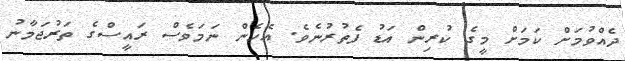
ދެއްވުމަށް ކަމަށް މީގެ ކުރިން އަޑު ފެތުރުނެވެ. އެހެން ނަމަވެސް ރައީސްގެ ތަރުޖަމާނު